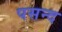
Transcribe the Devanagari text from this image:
पसन्‍द